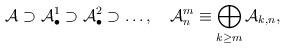
LaTeX: \begin{align*}{\cal A}\supset {\cal A}_{\bullet }^1\supset {\cal A}_{\bullet }^2\supset\ldots ,\quad {\cal A}_n^m\equiv \bigoplus\limits_{k\geq m}{\cal A}_{k,n},\end{align*}